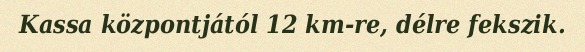
Kassa központjától 12 km-re, délre fekszik.